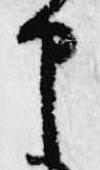
申